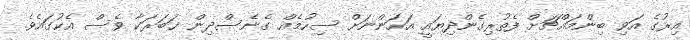
އިރުގެ އަވި ބިންމައްޗަށް ފެތުރިގެންދިޔައީ އަހަންނަށް ސިހުމެއް ގެނެސްދިން ޚަބަރަކާ ވެސް އެކުގައެވެ.